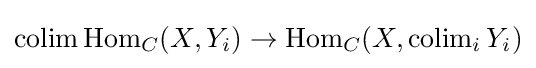
\operatorname {colim} \operatorname {Hom} _{C}(X,Y_{i})\to \operatorname {Hom} _{C}(X,\operatorname {colim} _{i}Y_{i})